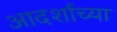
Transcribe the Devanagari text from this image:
आदर्शाच्या